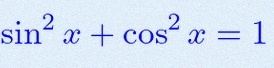
\sin^2x+\cos^2x=1